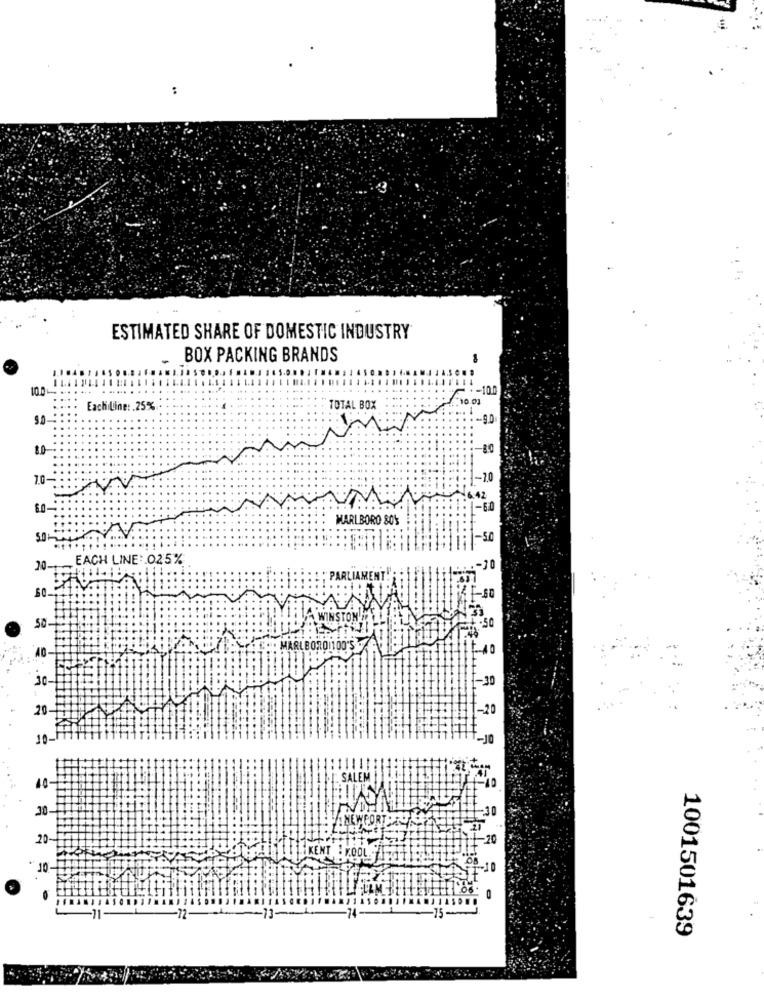
:
ESTIMATED SHARE OF DOMESTIC INDUSTRY
-
BOX PACKING BRANDS
10.0
-
.- 10.0
10.03
Each Line: 25%
TOTAL BOX
9.0
-- 9.0
8.0-
-80
7.0
-2.0
N
6.42
6.0-
-6.0
MARLBORO 8OS
-50
30. EACH LINE :. 025%
.- 70
1.18
PARLIA
50
40-
MARLBOROITOD'S
30-
-30
201
-20
10.
-J0
40
30
FORTAU
20-
-20
10-
-12-
1001501639